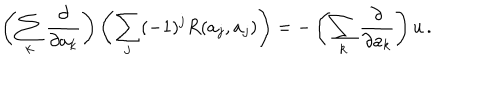
\left( \sum _ { k } { \frac { \partial } { \partial a _ { k } } } \right) \left( \sum _ { j } ( - 1 ) ^ { j } R ( a _ { j } , a _ { j } ) \right) = - \left( \sum _ { k } { \frac { \partial } { \partial a _ { k } } } \right) u \, .